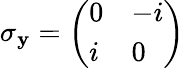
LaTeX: \sigma_{\mathbf{y}}={\left(\begin{array}{ll}{0}&{-i}\\ {i}&{0}\end{array}\right)}